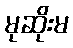
မုဆိုးမ